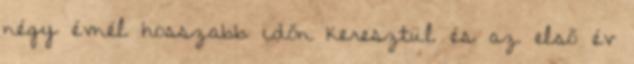
négy évnél hosszabb időn keresztül és az első év